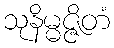
သုနိမ္မဇ္ဇိတံ